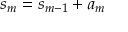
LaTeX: s _ { m } = s _ { m - 1 } + a _ { m }